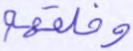
وخلقهم